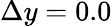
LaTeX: \Delta y=0.0